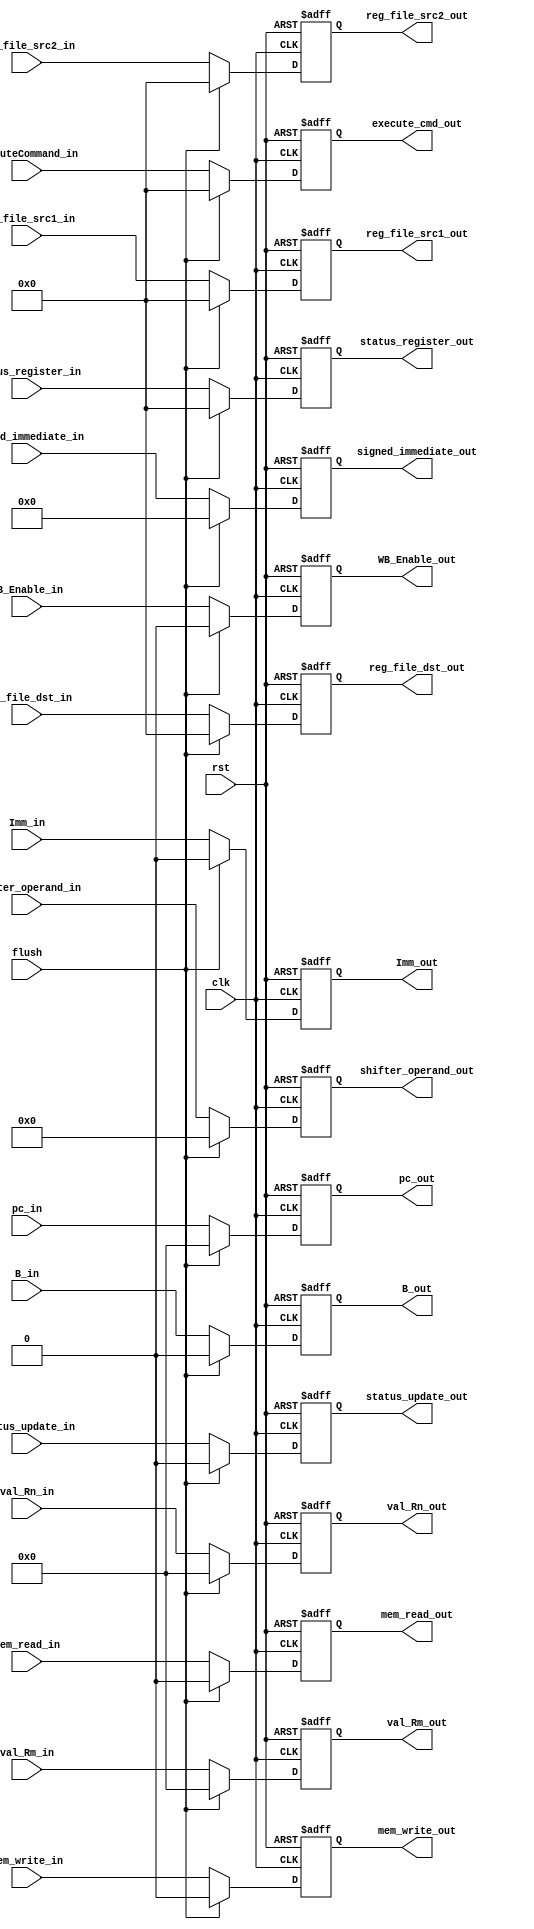
`timescale 1ns / 1ns

`define WORD_WIDTH 32
`define REG_FILE_ADDRESS_LEN 4
`define REG_FILE_SIZE 16
`define MEMORY_DATA_LEN 8
`define MEMORY_SIZE 2048
`define SIGNED_IMM_WIDTH 24
`define SHIFTER_OPERAND_WIDTH 12

`define INSTRUCTION_LEN         32
`define INSTRUCTION_MEM_SIZE    2048
`define DATA_MEM_SIZE 64

`define LSL_SHIFT 2'b00
`define LSR_SHIFT 2'b01
`define ASR_SHIFT 2'b10
`define ROR_SHIFT 2'b11

`define MODE_ARITHMETIC 2'b00
`define MODE_MEM 2'b01
`define MODE_BRANCH 2'b10

`define EX_MOV 4'b0001
`define EX_MVN 4'b1001
`define EX_ADD 4'b0010
`define EX_ADC 4'b0011
`define EX_SUB 4'b0100
`define EX_SBC 4'b0101
`define EX_AND 4'b0110
`define EX_ORR 4'b0111
`define EX_EOR 4'b1000
`define EX_CMP 4'b0100     ///1100
`define EX_TST 4'b0110     ///1110
`define EX_LDR 4'b0010     ///1010
`define EX_STR 4'b0010     ///1010

`define OP_MOV 4'b1101
`define OP_MVN 4'b1111
`define OP_ADD 4'b0100
`define OP_ADC 4'b0101
`define OP_SUB 4'b0010
`define OP_SBC 4'b0110
`define OP_AND 4'b0000
`define OP_ORR 4'b1100
`define OP_EOR 4'b0001
`define OP_CMP 4'b1010
`define OP_TST 4'b1000
`define OP_LDR 4'b0100
`define OP_STR 4'b0100

module ID_Stage_Reg #(parameter N = 32)(clk, rst, flush, mem_read_in, mem_write_in, WB_Enable_in, Imm_in, B_in, status_update_in, 
                                        reg_file_dst_in, executeCommand_in, status_register_in, reg_file_src1_in, reg_file_src2_in, 
                                        shifter_operand_in, signed_immediate_in, pc_in, val_Rn_in, val_Rm_in, mem_read_out, 
                                        mem_write_out, WB_Enable_out, Imm_out, B_out, status_update_out, reg_file_dst_out, execute_cmd_out,
                                        status_register_out, reg_file_src1_out, reg_file_src2_out, shifter_operand_out, signed_immediate_out,
                                        pc_out, val_Rn_out, val_Rm_out);

    input clk, rst, flush, mem_read_in, mem_write_in, WB_Enable_in, Imm_in, B_in, status_update_in;
    input [3:0] reg_file_dst_in, executeCommand_in, status_register_in, reg_file_src1_in, reg_file_src2_in;
    input [`SHIFTER_OPERAND_WIDTH-1:0] shifter_operand_in;
    input [`SIGNED_IMM_WIDTH-1:0] signed_immediate_in;
    input [`WORD_WIDTH-1:0] pc_in, val_Rn_in, val_Rm_in;

    output reg mem_read_out, mem_write_out, WB_Enable_out, Imm_out, B_out, status_update_out;
    output reg [3:0] reg_file_dst_out, execute_cmd_out, status_register_out, reg_file_src1_out, reg_file_src2_out;
    output reg [`SHIFTER_OPERAND_WIDTH-1:0] shifter_operand_out;
    output reg [`SIGNED_IMM_WIDTH-1:0] signed_immediate_out;
    output reg [`WORD_WIDTH-1:0] pc_out, val_Rn_out, val_Rm_out;



   always @(posedge clk, posedge rst) begin
    if (rst) 
        begin
            pc_out <= 0;
            reg_file_dst_out <= 0;
            val_Rn_out <= 0;
            val_Rm_out <=0;
            signed_immediate_out <= 0;
            shifter_operand_out <= 0;
            execute_cmd_out <= 0;
            status_register_out <= 0;
            mem_read_out <= 0;
            mem_write_out <= 0;
            WB_Enable_out <= 0;
            Imm_out <= 0;
            B_out <= 0;
            status_update_out <= 0;
            reg_file_src1_out <= 0;
            reg_file_src2_out <= 0;
        end
    else if (flush) 
        begin
            pc_out <= 0;
            reg_file_dst_out <= 0;
            val_Rn_out <= 0;
            val_Rm_out <=0;
            signed_immediate_out <= 0;
            shifter_operand_out <= 0;
            execute_cmd_out <= 0;
            status_register_out <= 0;
            mem_read_out <= 0;
            mem_write_out <= 0;
            WB_Enable_out <= 0;
            Imm_out <= 0;
            B_out <= 0;
            status_update_out <= 0;
            reg_file_src1_out <= 0;
            reg_file_src2_out <= 0;
        end
    else 
        begin
            pc_out <= pc_in;
            reg_file_dst_out <= reg_file_dst_in;
            val_Rn_out <= val_Rn_in;
            val_Rm_out <= val_Rm_in;
            signed_immediate_out <= signed_immediate_in;
            shifter_operand_out <= shifter_operand_in;
            execute_cmd_out <= executeCommand_in;
            status_register_out <= status_register_in;
            mem_read_out <= mem_read_in;
            mem_write_out <= mem_write_in;
            WB_Enable_out <= WB_Enable_in;
            Imm_out <= Imm_in;
            B_out <= B_in;
            status_update_out <= status_update_in;
            reg_file_src1_out <= reg_file_src1_in;
            reg_file_src2_out <= reg_file_src2_in;
        end
  end
endmodule